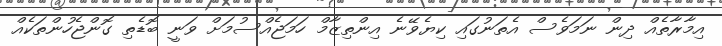
އިމާރާތެއް ދިން ނަމަވެސް އެތަނުގައި ކިޔެވޭނެ އިންތިޒާމް ހަމަޖެއްސުމަށް ވަނީ ބޮޑެތި ގޮންޖެހުންތަކެއް